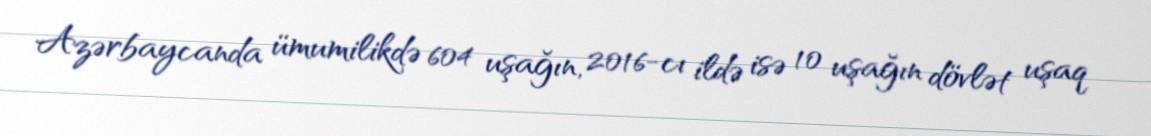
Azərbaycanda ümumilikdə 604 uşağın, 2016-cı ildə isə 10 uşağın dövlət uşaq